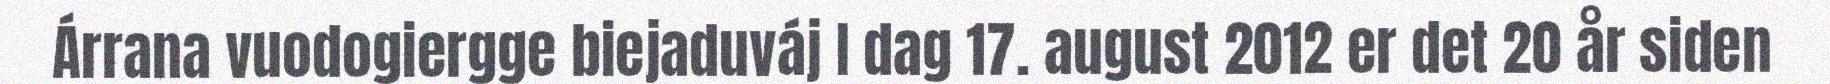
Árrana vuodogiergge biejaduváj I dag 17. august 2012 er det 20 år siden